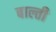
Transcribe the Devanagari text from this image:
बाल्ती